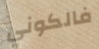
فالكوني